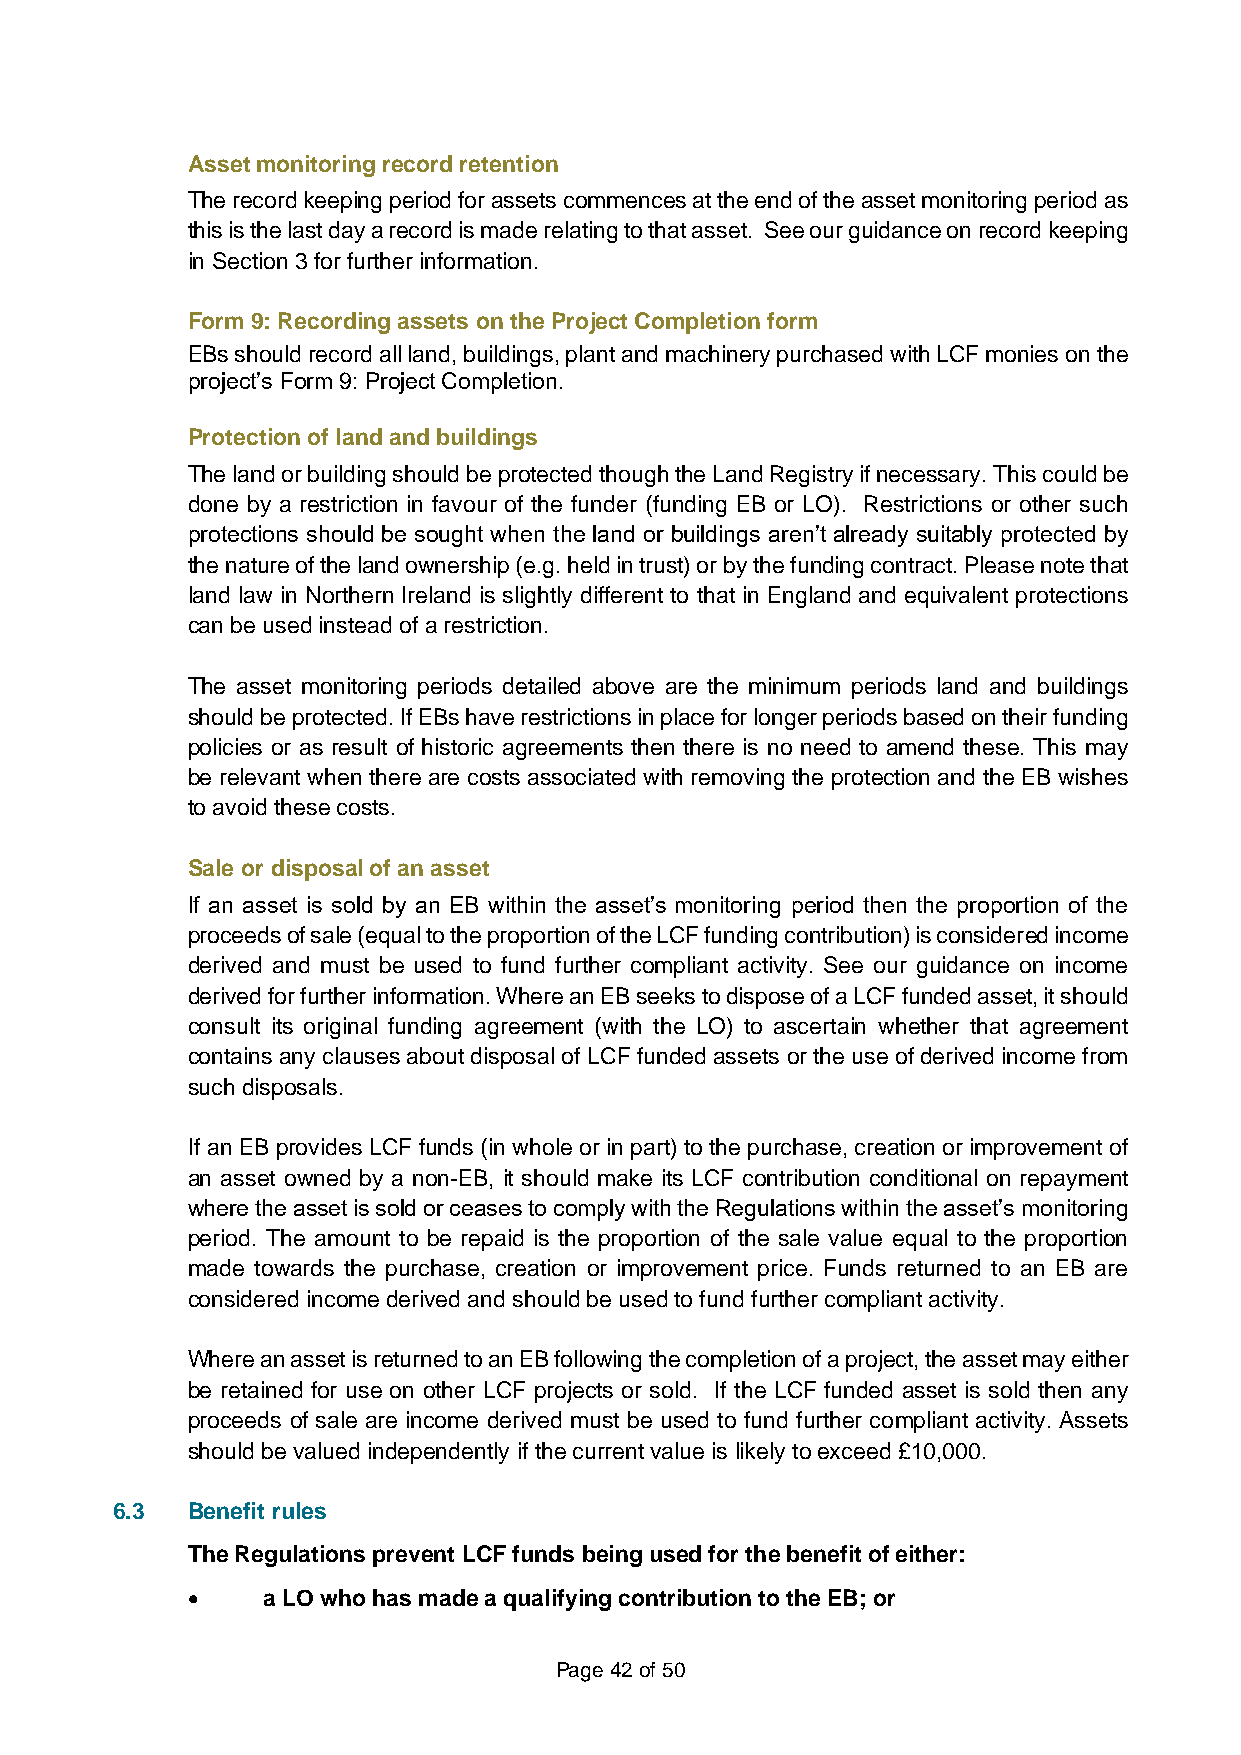
Asset monitoring record retention
 The record keeping period for assets commences at the end of the asset monitoring period as
 this is the last day a record is made relating to that asset. See our guidance on record keeping
 in Section 3 for further information.
 Form 9: Recording assets on the Project Completion form
 EBs should record all land, buildings, plant and machinery purchased with LCF monies on the
 project’s Form 9: Project Completion.
 Protection of land and buildings
 The land or building should be protected though the Land Registry if necessary. This could be
 done by a restriction in favour of the funder (funding EB or LO). Restrictions or other such
 protections should be sought when the land or buildings aren’t already suitably protected by
 the nature of the land ownership (e.g. held in trust) or by the funding contract. Please note that
 land law in Northern Ireland is slightly different to that in England and equivalent protections
 can be used instead of a restriction.
 The asset monitoring periods detailed above are the minimum periods land and buildings
 should be protected. If EBs have restrictions in place for longer periods based on their funding
 policies or as result of historic agreements then there is no need to amend these. This may
 be relevant when there are costs associated with removing the protection and the EB wishes
 to avoid these costs.
 Sale or disposal of an asset
 If an asset is sold by an EB within the asset’s monitoring period then the proportion of the
 proceeds of sale (equal to the proportion of the LCF funding contribution) is considered income
 derived and must be used to fund further compliant activity. See our guidance on income
 derived for further information. Where an EB seeks to dispose of a LCF funded asset, it should
 consult its original funding agreement (with the LO) to ascertain whether that agreement
 contains any clauses about disposal of LCF funded assets or the use of derived income from
 such disposals.
 If an EB provides LCF funds (in whole or in part) to the purchase, creation or improvement of
 an asset owned by a non-EB, it should make its LCF contribution conditional on repayment
 where the asset is sold or ceases to comply with the Regulations within the asset’s monitoring
 period. The amount to be repaid is the proportion of the sale value equal to the proportion
 made towards the purchase, creation or improvement price. Funds returned to an EB are
 considered income derived and should be used to fund further compliant activity.
 Where an asset is returned to an EB following the completion of a project, the asset may either
 be retained for use on other LCF projects or sold. If the LCF funded asset is sold then any
 proceeds of sale are income derived must be used to fund further compliant activity. Assets
 should be valued independently if the current value is likely to exceed £10,000.
 6.3  Benefit rules
 The Regulations prevent LCF funds being used for the benefit of either:
 •    a LO who has made a qualifying contribution to the EB; or
 Page 42 of 50